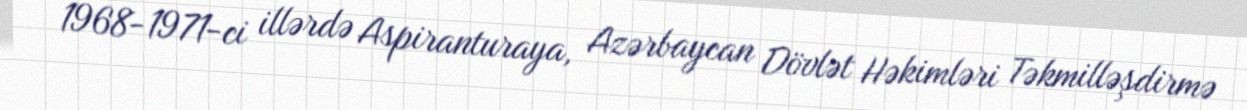
1968-1971-ci illərdə Aspiranturaya, Azərbaycan Dövlət Həkimləri Təkmilləşdirmə